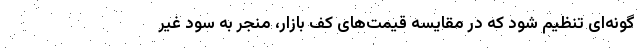
گونه‌ای تنظیم شود که در مقایسه قیمت‌های کف بازار، منجر به سود غیر